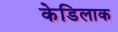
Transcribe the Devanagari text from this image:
केडिलाक